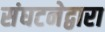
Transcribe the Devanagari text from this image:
संघटनेद्वारा